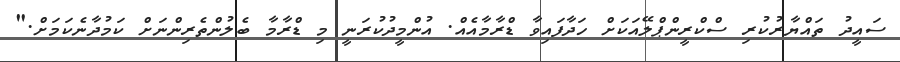
ސައީދު ތައްޔާރުކުރި ސްކްރީންޕްލޭއަކަށް ހަދާފައިވާ ޑްރާމާއެއް. އުންމީދުކުރަނީ މި ޑްރާމާ ބެލުންތެރިންނަށް ކަމުދާނެކަމަށް."